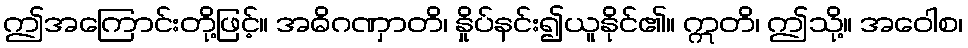
ဤအကြောင်းတို့ဖြင့်။ အဓိဂဏှာတိ၊ နှိုပ်နင်း၍ယူနိုင်၏။ ဣတိ၊ ဤသို့။ အဝေါစ၊